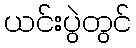
ယင်းပွဲတွင်